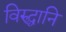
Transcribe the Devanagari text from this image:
विरुद्धानि